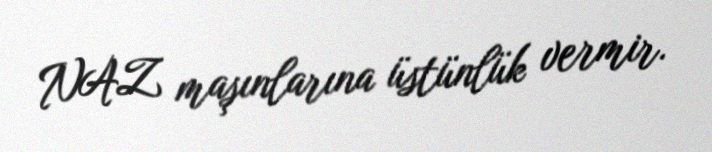
NAZ maşınlarına üstünlük vermir.